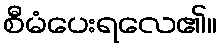
စီမံပေးရလေ၏။